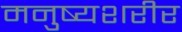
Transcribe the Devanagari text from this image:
मनुष्यशरीर